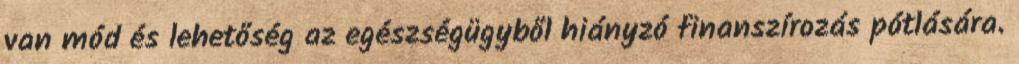
van mód és lehetőség az egészségügyből hiányzó finanszírozás pótlására.